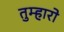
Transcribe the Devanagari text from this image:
तुम्‍हारो